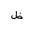
Letter: _za